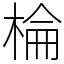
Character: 棆